Indian journal of veterinary science and animal husbandry - Volume 7,
Year: 1937
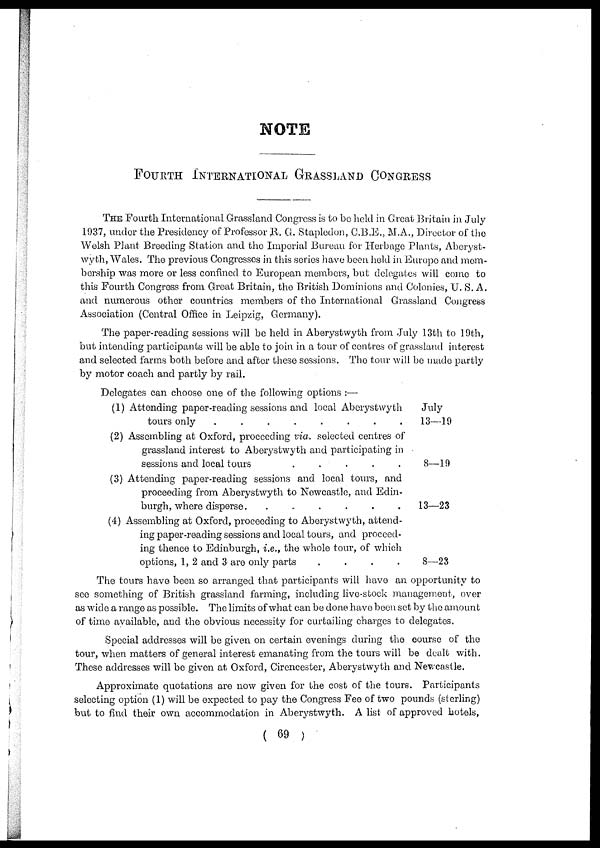
NOTE
FOURTH INTERNATIONAL GRASSLAND CONGRESS
THE Fourth International Grassland Congress is to be held in Great Britain in July
1937, under the Presidency of Professor R. G. Stapledon, C.B.E., M.A., Director of the
Welsh Plant Breeding Station and the Imperial Bureau for Herbage Plants, Aberyst-
wyth, Wales. The previous Congresses in this series have been held in Europe and mem-
bership was more or less confined to European members, but delegates will come to
this Fourth Congress from Great Britain, the British Dominions and Colonies, U. S. A.
and numerous other countries members of the International Grassland Congress
Association (Central Office in Leipzig, Germany).
The paper-reading sessions will be held in Aberystwyth from July 13th to 19th,
but intending participants will be able to join in a tour of centres of grassland interest
and selected farms both before and after these sessions. The tour will be made partly
by motor coach and partly by rail.
Delegates can choose one of the following options :—
(1)
(2)
(3)
(4)
Attending paper-reading sessions and local Aberystwyth
tours only . . . . . . . .
Assembling at Oxford, proceeding via. selected centres of
grassland interest to Aberystwyth and participating in
sessions and local tours . . . . . . . .
Attending paper-reading sessions and local tours, and
proceeding from Aberystwyth to Newcastle, and Edin-
burgh, where disperse . . . . . . . .
Assembling at Oxford, proceeding to Aberystwyth, attend-
ing paper-reading sessions and local tours, and proceed-
ing thence to Edinburgh, i.e., the whole tour, of which
options, 1, 2 and 3 are only parts . . . . . . . .
July
13—19
8—19
13—23
8—23
The tours have been so arranged that participants will have an opportunity to
see something of British grassland farming, including live-stock management, over
as wide a range as possible. The limits of what can be done have been set by the amount
of time available, and the obvious necessity for curtailing charges to delegates.
Special addresses will be given on certain evenings during the course of the
tour, when matters of general interest emanating from the tours will be dealt with.
These addresses will be given at Oxford, Cirencester, Aberystwyth and Newcastle.
Approximate quotations are now given for the cost of the tours. Participants
selecting option (1) will be expected to pay the Congress Fee of two pounds (sterling)
but to find their own accommodation in Aberystwyth. A list of approved hotels,
( 69 )